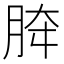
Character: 𰮟